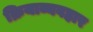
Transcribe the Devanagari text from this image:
क्रियाव्यवहार